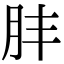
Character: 肨